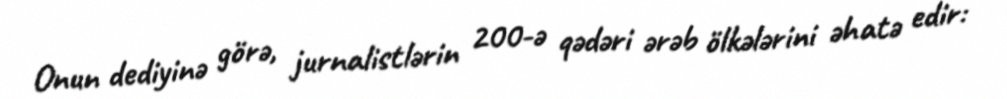
Onun dediyinə görə, jurnalistlərin 200-ə qədəri ərəb ölkələrini əhatə edir: